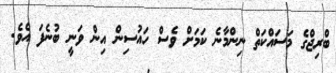
ބްރިޖްގެ މަސައްކަތް ނިންމާނެ ކަމަށް ވެސް ހައުސިން އިން ވަނީ ބުނެފަ އެވެ.